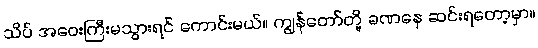
သိပ် အဝေးကြီးမသွားရင် ကောင်းမယ်။ ကျွန်တော်တို့ ခဏနေ ဆင်းရတော့မှာ။